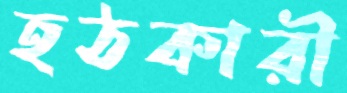
হঠকারী